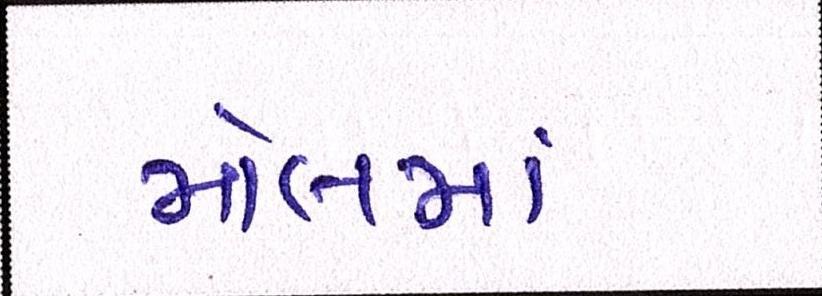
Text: મોલમાં